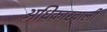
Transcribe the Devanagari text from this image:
अधिकारवाली